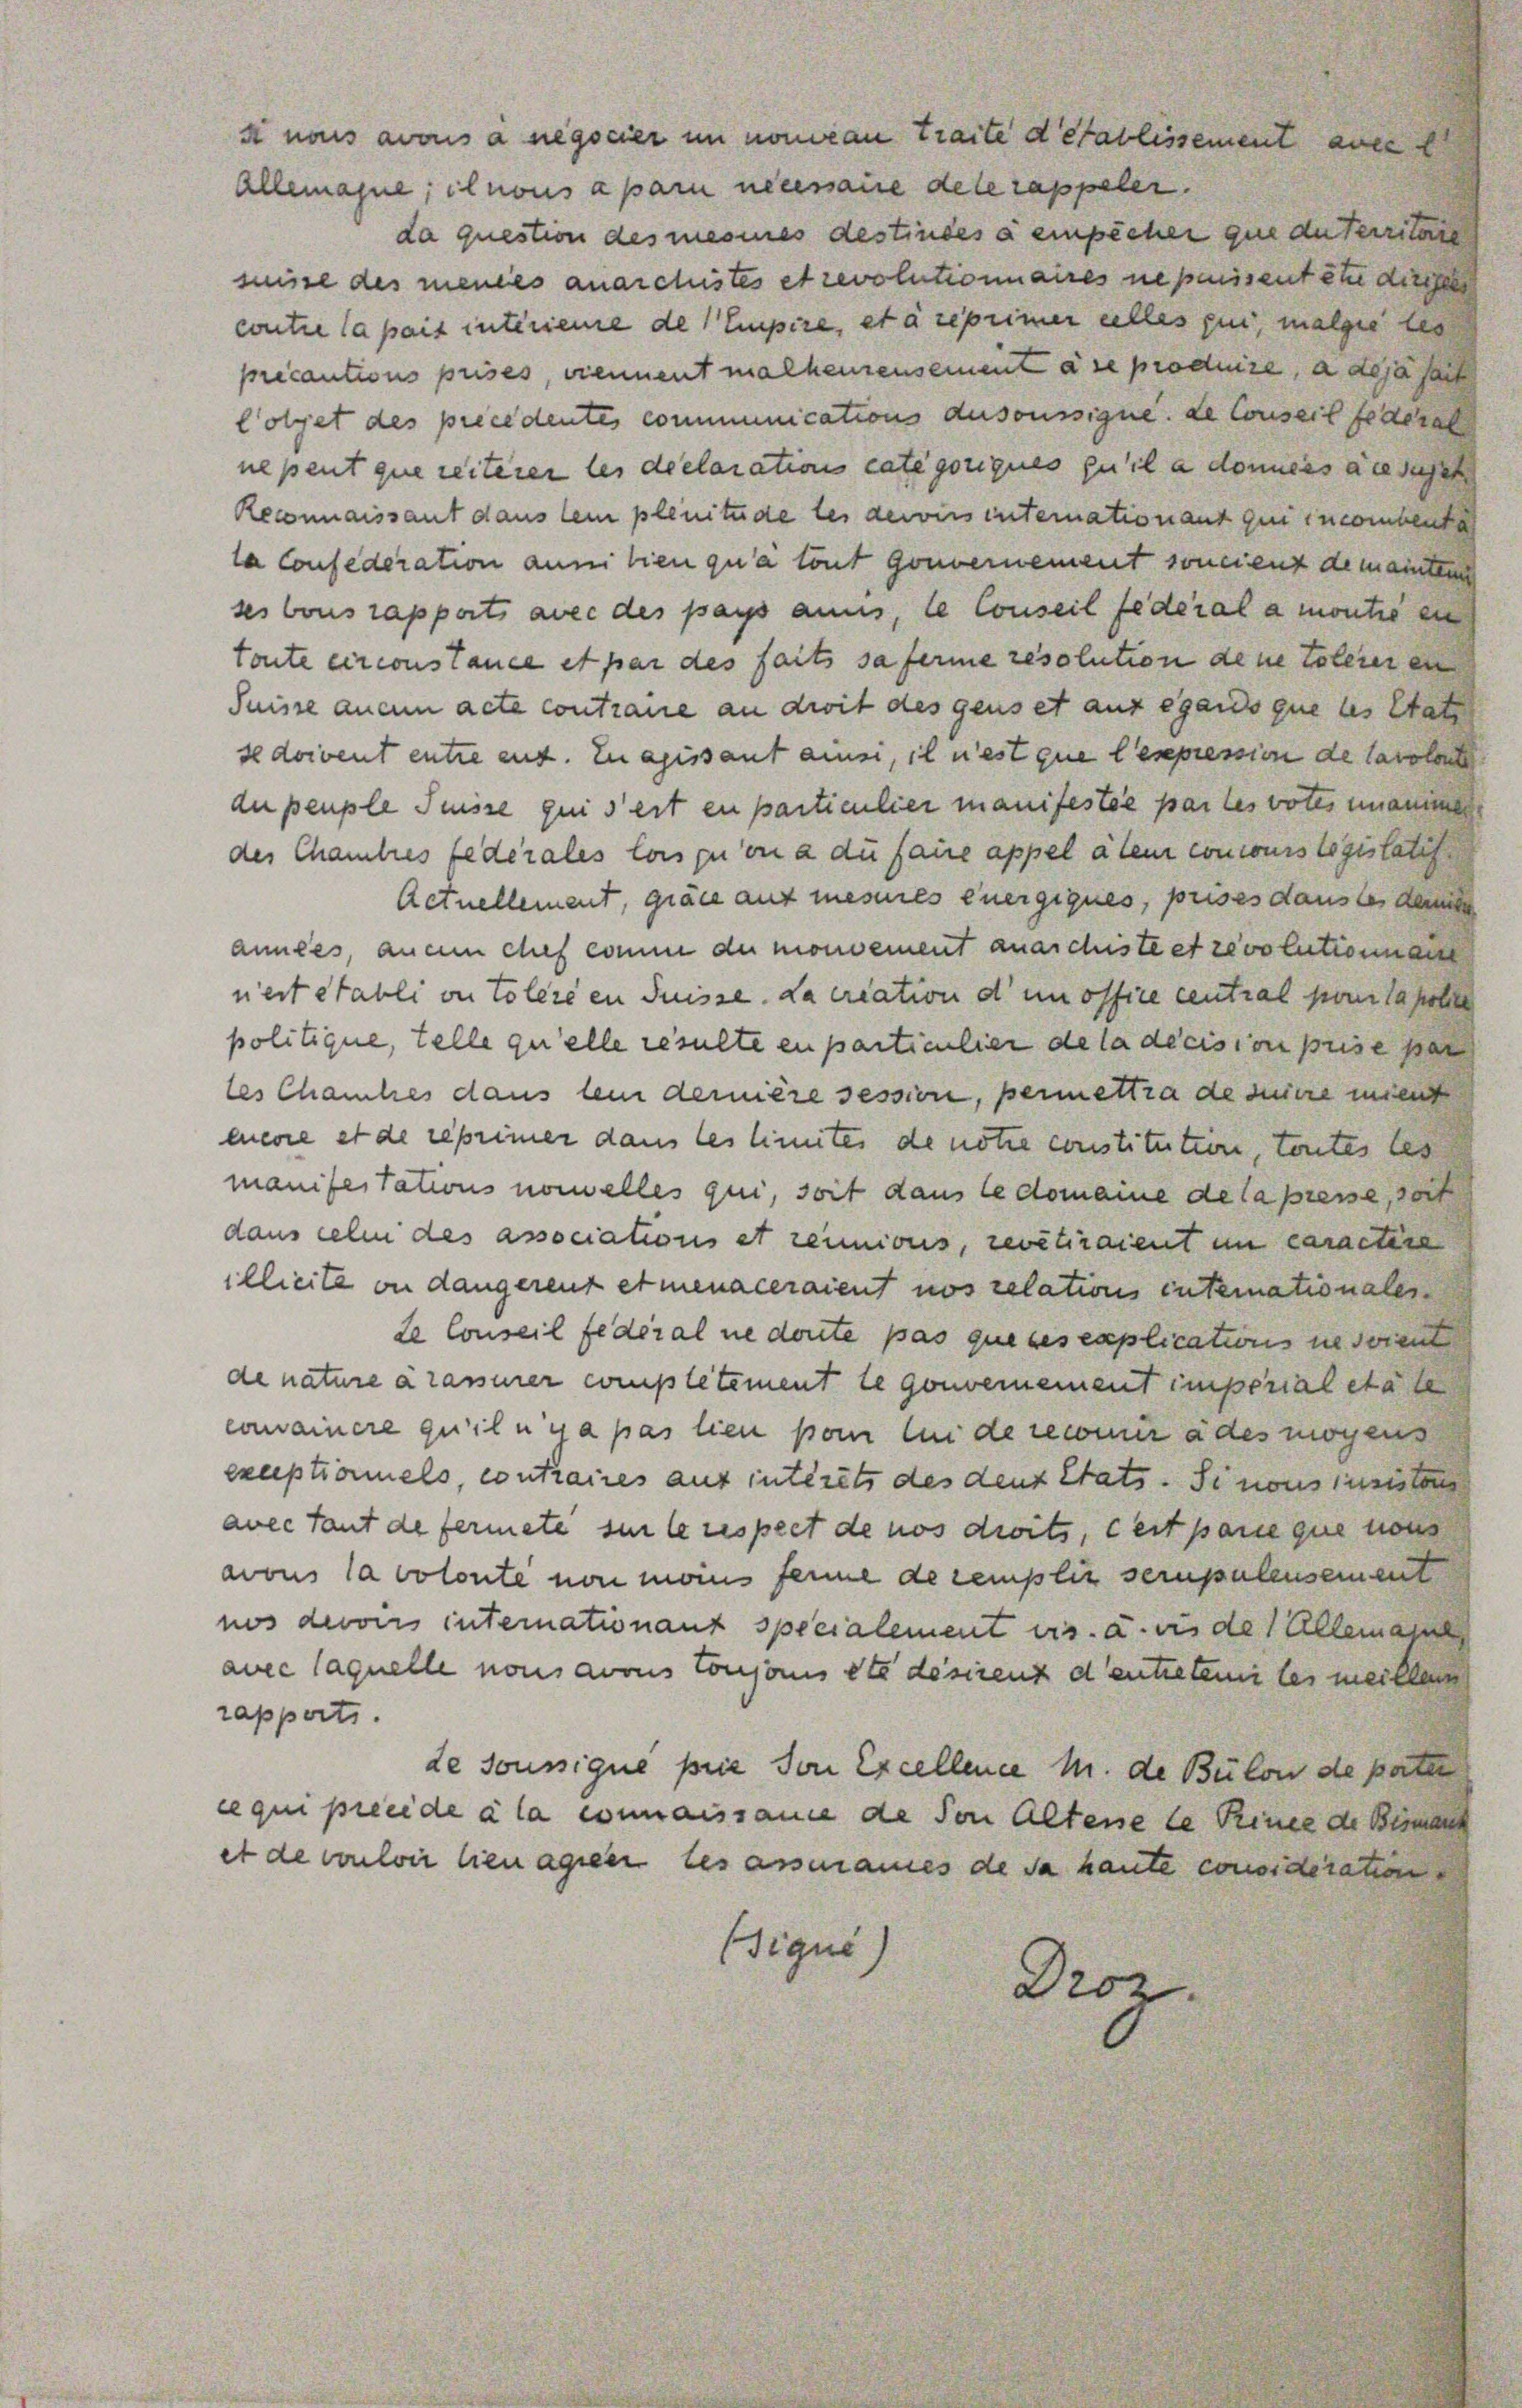
si nous avous à negocier im non an Traite detablissement auc
Allemahne; il nous a pari necessane dele rappeler.
da question des mesines destindes a empêcher que du territore
müsse des mences anarchistes et revolutionaires nepeisent in diessel
contre la pais interieme de Empire, et a reprimer alles qui, malgie les
précautions prises, viennent malheinensement die produire, a dejasach
lolget des precedentes communications dusoussigne de Conseil federat
nepent que reiterer les declarations Categoriques qu’il a donners die dasel
Reconnaissant dans lein plenitude les dervirs internationant qui incombente
la confederation anni tien qu’à tout gouvernement soncient demainter
ses vous rapports avec des pays ains, le Conseil federalamontie en
tonte circonstance et par des faits sa ferme resolution dene Tolerer en
Suisse an ain acte contraire an dirit des gens et aus egends que les Stat
s doivent entre ent. Euapissant ainsi, il n’est que lesepression de Carolont
anpeuple Suisse qui s’est ein particulier manifestie par les votes unanim
des Chambres federales lois qu’on a du faire appel alem concours logislatif
Actuellement, grace auf mesures energiques, prises dans les dem
années, anem tief kommer du monoement anarchiste et revolutionen
nert etabli von Tolerien Suisse da ercation d’un office central pour lasse
politique, telle qu’elle resulte en particulier de la décision prise par
les Chanches dans lein dernière session, permettra de seiere mient
encore et de reprimer dans les limites de notie constitution, toutes les
manifestations nomalles qui, soit dans le domaine de la presse, dort
dans celen des associations et reinions, revetiraient im caractire
illierte an dangereut et menaceraient nos relations intemationales
de Conseil fédéral ne doute pas que ses caplications ne soient
de nature arasserer complétement le gouvemement imperial etate
convainere qu’il nur a pas lien vom bei de mir des mögens
exceptionnels, contraires auf intérêts des deus Stats. Simons juristen
avec tant de fermete sie le respect de nos droits, cert parie que nous
avous la volonte von moins ferne de remplir sernpulensement
nos devoirs internationant specialement es. u. bis des Alleman
avec laquelle nous avous conjois etc desirent d’entreten les meillen
rapporti
de soussique prie von Excellence M. de Bulon de pater
ce qui preeide à la connaissame de von Altene le Rinee de Birmen
et de vouloir lieu agien les assmannes de da haute considération
igus
Droz.